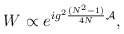
\begin{align*}W \propto e^{i g^2 {(N^2-1) \over 4N} {\cal A}},\end{align*}